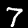
Digit: 7